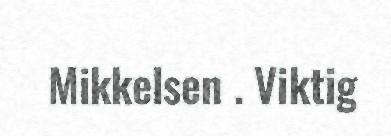
Mikkelsen . Viktig